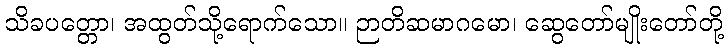
သိခပတ္တော၊ အထွတ်သို့ရောက်သော။ ဉာတိဆမာဂမော၊ ဆွေတော်မျိုးတော်တို့